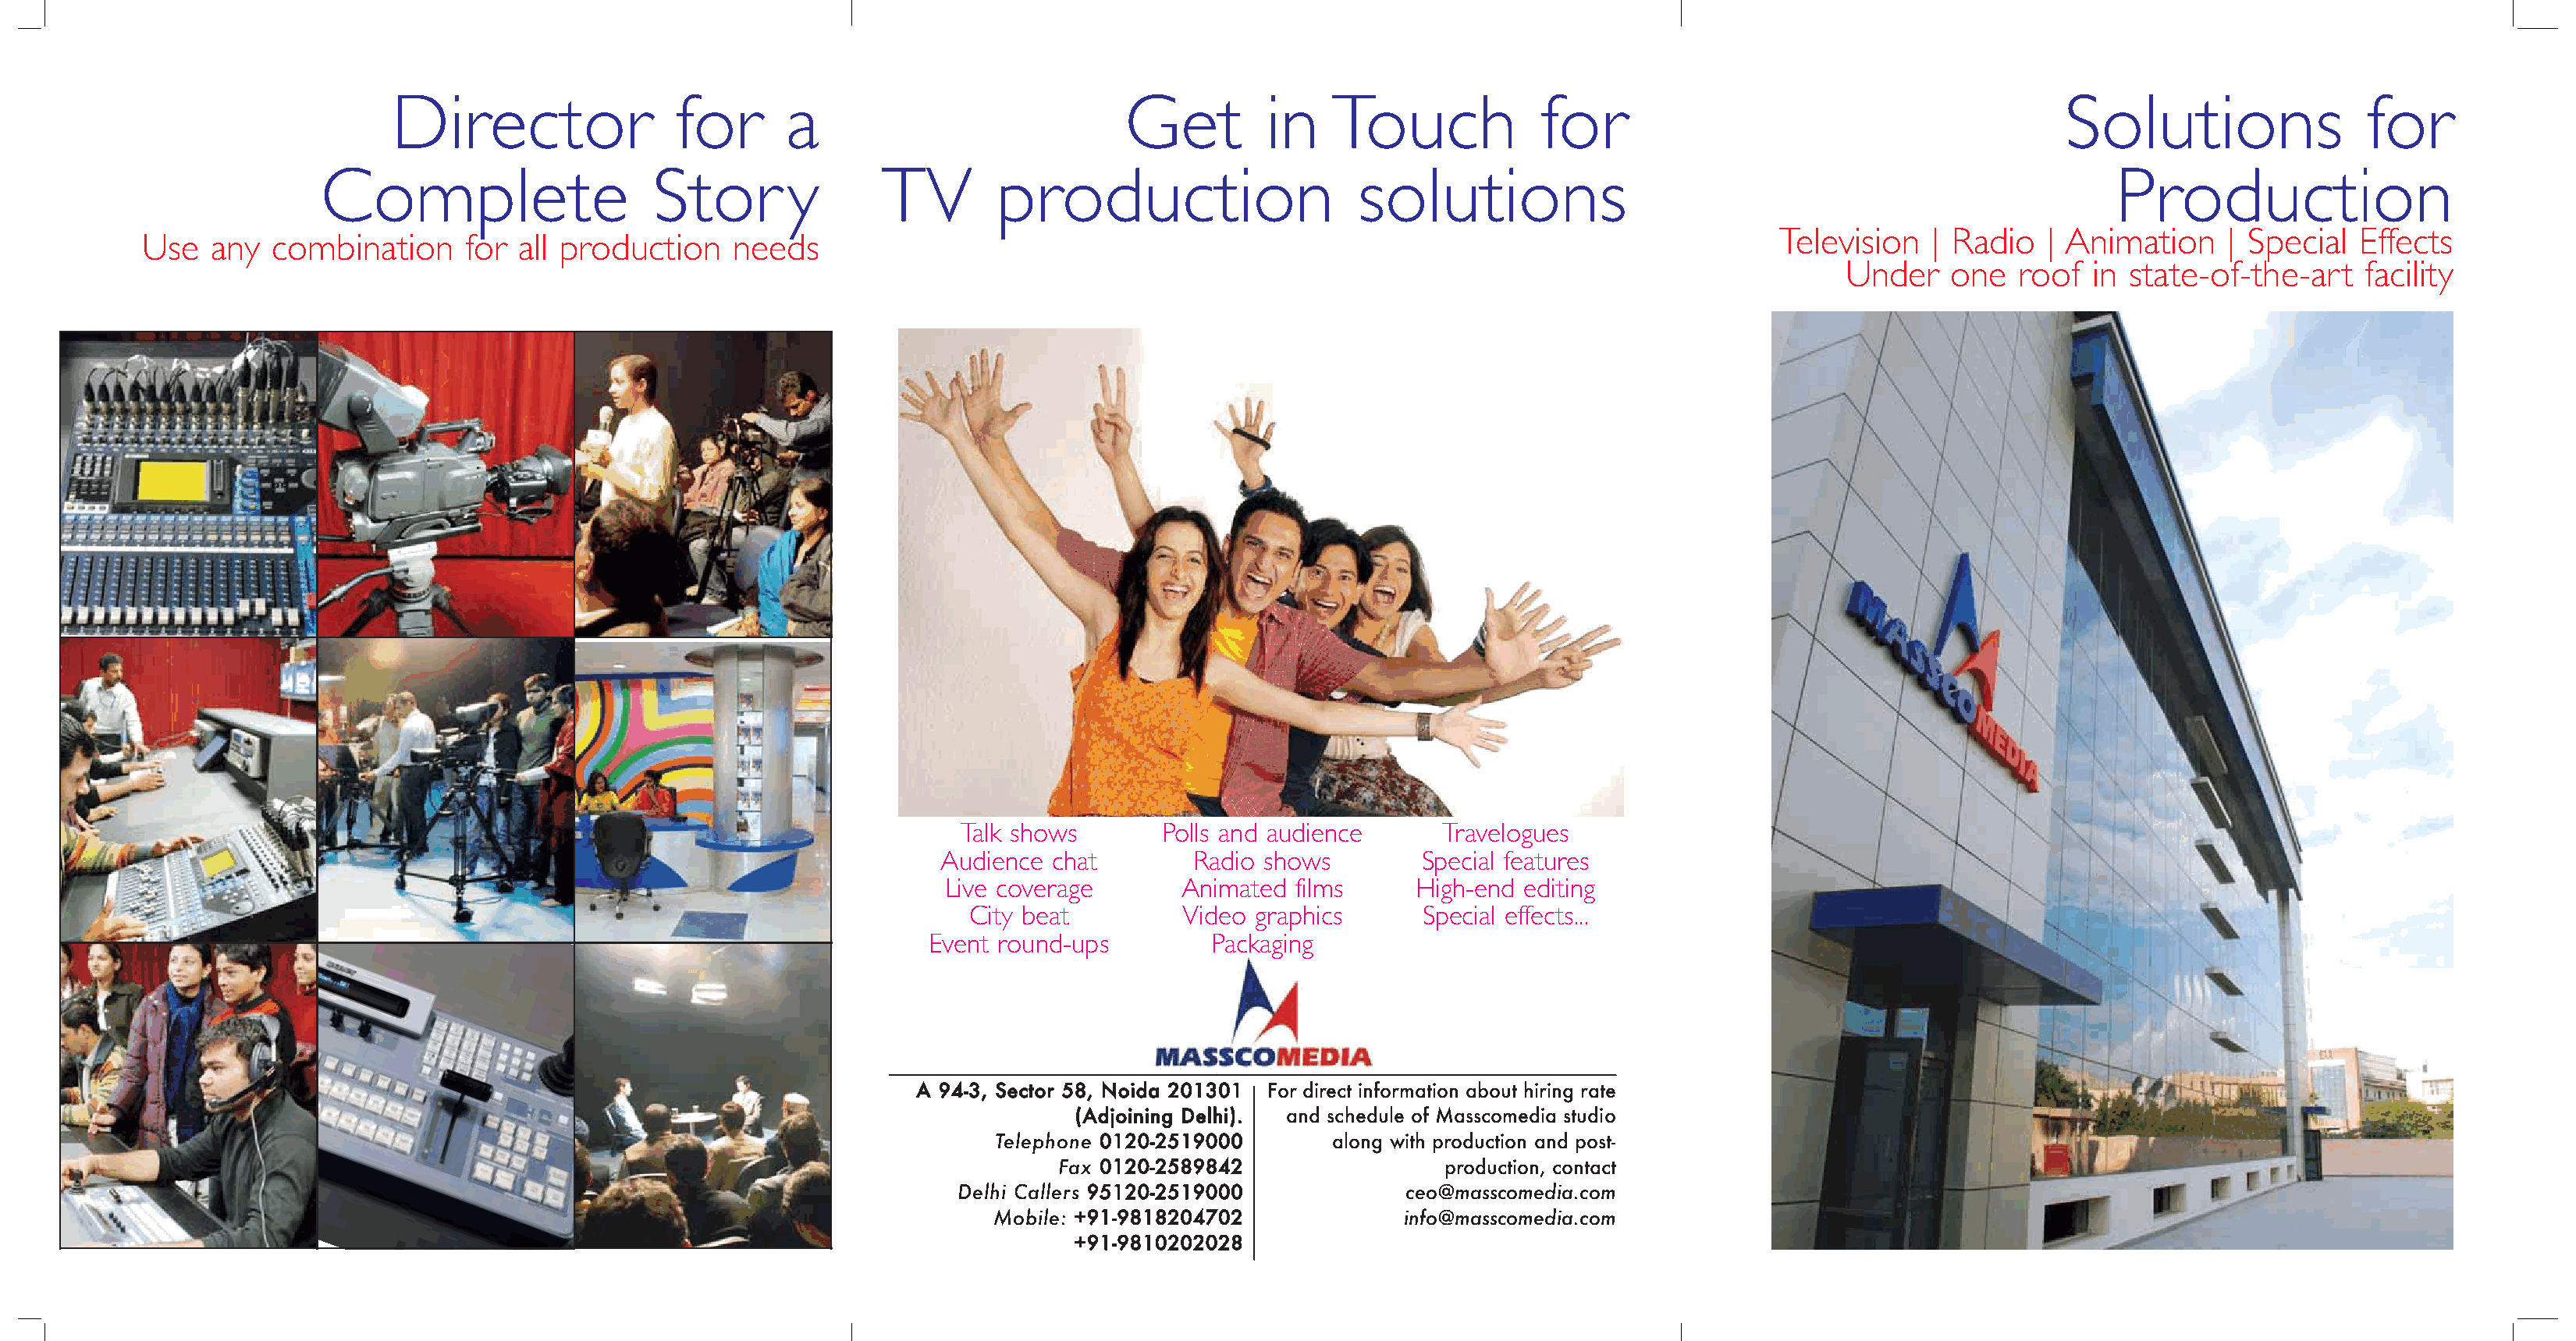
Director                for       a                           Get         in    Touch             for                                         Solutions                 for
 Complete                    Stor        y       TV        production                    solutions                                                       Production
 Television   | Radio   | Animation    | Special  Effects
 Use   any  combination     for  all production    needs
 Under   one   roof  in  state-of-the-art    facility
 Talk shows        Polls and audience     Travelogues
 Audience chat        Radio shows         Special features
 Live coverage       Animated  films     High-end editing
 City beat         Video graphics       Special effects...
 Event round-ups         Packaging
 A 94-3, Sector 58, Noida 201301 For direct information about hiring rate
 (Adjoining Delhi). and schedule of Masscomedia studio
 Telephone
 0120-2519000        along with production and post-
 Fax
 0120-2589842                  production, contact
 Delhi Callers                         ceo@masscomedia.com
 95120-2519000
 Mobile:                            info@masscomedia.com
 +91-9818204702
 +91-9810202028